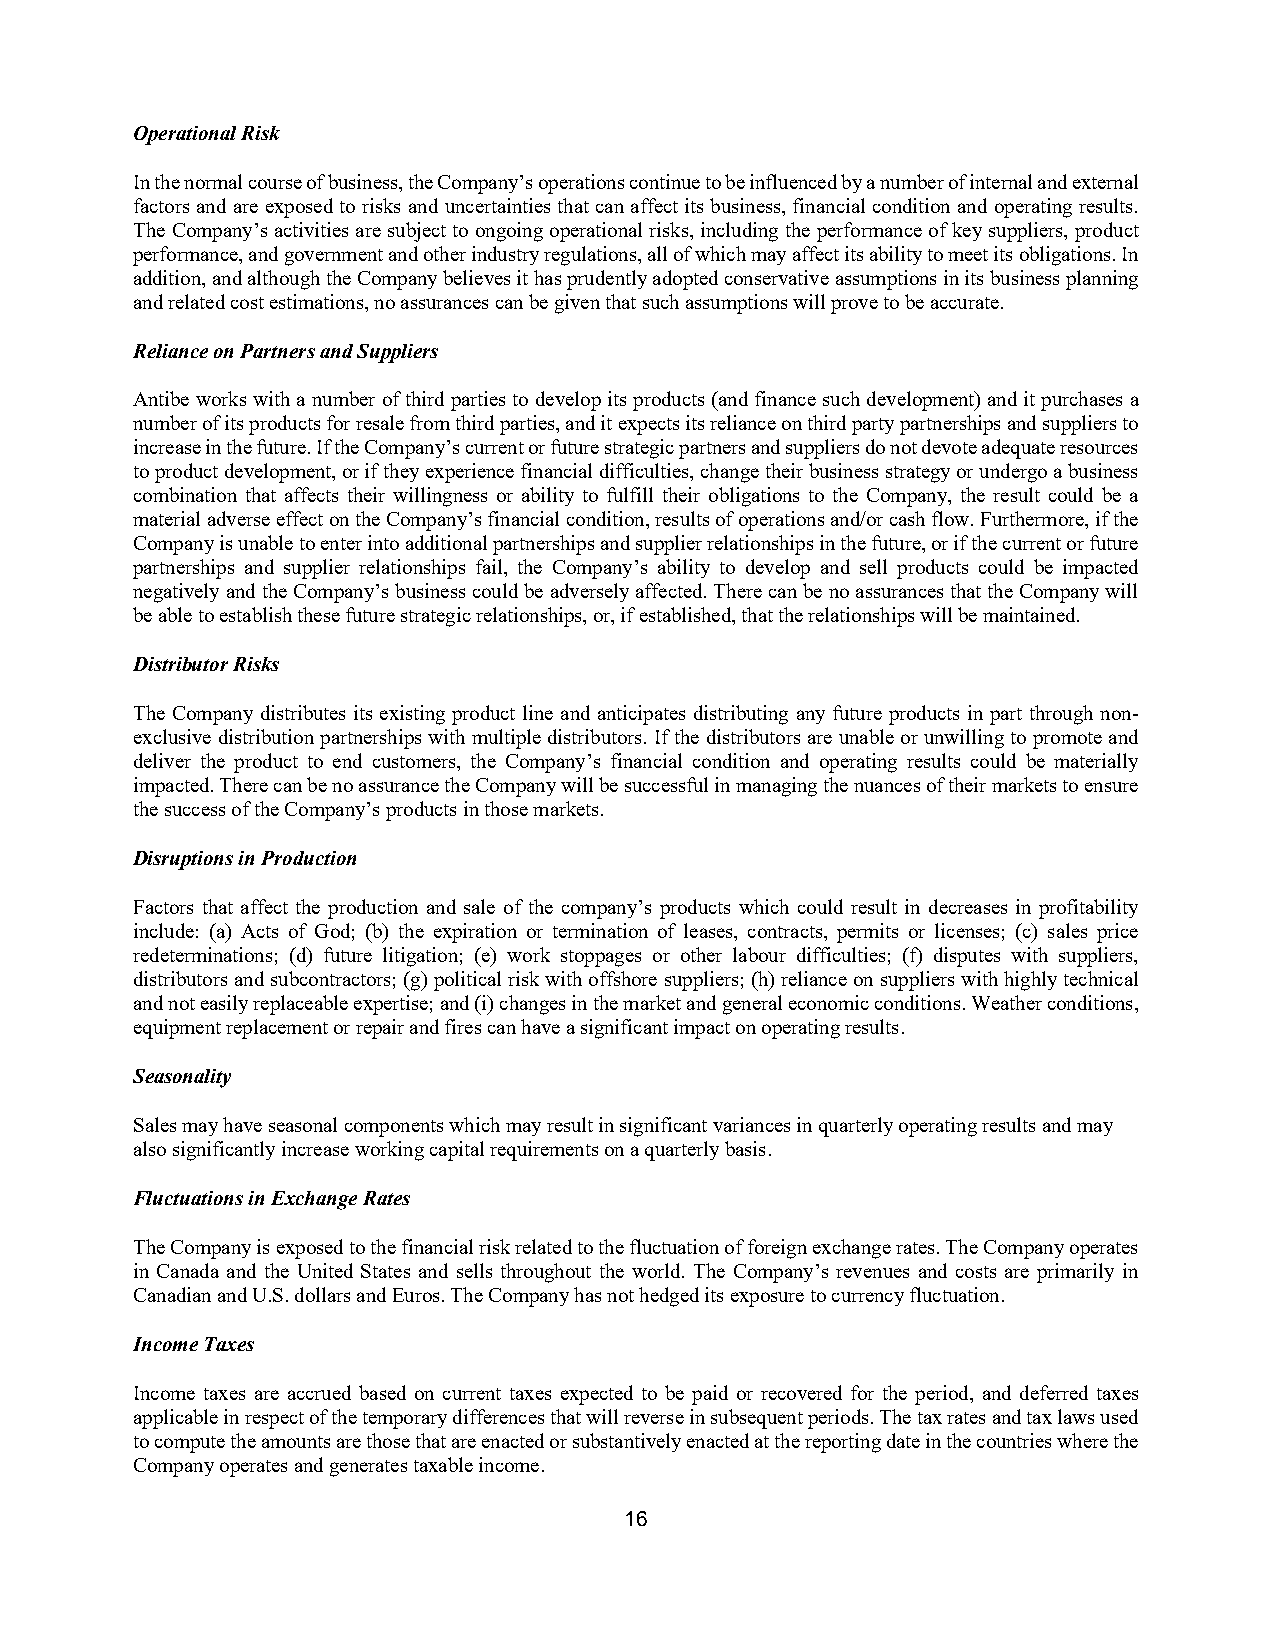
Operational Risk
 In the normal course of business, the Company’s operations continue to be influenced by a number of internal and external
 factors and are exposed to risks and uncertainties that can affect its business, financial condition and operating results.
 The Company’s activities are subject to ongoing operational risks, including the performance of key suppliers, product
 performance, and government and other industry regulations, all of which may affect its ability to meet its obligations. In
 addition, and although the Company believes it has prudently adopted conservative assumptions in its business planning
 and related cost estimations, no assurances can be given that such assumptions will prove to be accurate.
 Reliance on Partners and Suppliers
 Antibe works with a number of third parties to develop its products (and finance such development) and it purchases a
 number of its products for resale from third parties, and it expects its reliance on third party partnerships and suppliers to
 increase in the future. If the Company’s current or future strategic partners and suppliers do not devote adequate resources
 to product development, or if they experience financial difficulties, change their business strategy or undergo a business
 combination that affects their willingness or ability to fulfill their obligations to the Company, the result could be a
 material adverse effect on the Company’s financial condition, results of operations and/or cash flow. Furthermore, if the
 Company is unable to enter into additional partnerships and supplier relationships in the future, or if the current or future
 partnerships and supplier relationships fail, the Company’s ability to develop and sell products could be impacted
 negatively and the Company’s business could be adversely affected. There can be no assurances that the Company will
 be able to establish these future strategic relationships, or, if established, that the relationships will be maintained.
 Distributor Risks
 The Company distributes its existing product line and anticipates distributing any future products in part through non-
 exclusive distribution partnerships with multiple distributors. If the distributors are unable or unwilling to promote and
 deliver the product to end customers, the Company’s financial condition and operating results could be materially
 impacted. There can be no assurance the Company will be successful in managing the nuances of their markets to ensure
 the success of the Company’s products in those markets.
 Disruptions in Production
 Factors that affect the production and sale of the company’s products which could result in decreases in profitability
 include: (a) Acts of God; (b) the expiration or termination of leases, contracts, permits or licenses; (c) sales price
 redeterminations; (d) future litigation; (e) work stoppages or other labour difficulties; (f) disputes with suppliers,
 distributors and subcontractors; (g) political risk with offshore suppliers; (h) reliance on suppliers with highly technical
 and not easily replaceable expertise; and (i) changes in the market and general economic conditions. Weather conditions,
 equipment replacement or repair and fires can have a significant impact on operating results.
 Seasonality
 Sales may have seasonal components which may result in significant variances in quarterly operating results and may
 also significantly increase working capital requirements on a quarterly basis.
 Fluctuations in Exchange Rates
 The Company is exposed to the financial risk related to the fluctuation of foreign exchange rates. The Company operates
 in Canada and the United States and sells throughout the world. The Company’s revenues and costs are primarily in
 Canadian and U.S. dollars and Euros. The Company has not hedged its exposure to currency fluctuation.
 Income Taxes
 Income taxes are accrued based on current taxes expected to be paid or recovered for the period, and deferred taxes
 applicable in respect of the temporary differences that will reverse in subsequent periods. The tax rates and tax laws used
 to compute the amounts are those that are enacted or substantively enacted at the reporting date in the countries where the
 Company operates and generates taxable income.
 16